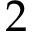
2